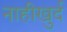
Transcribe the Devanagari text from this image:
नाहीखुर्द